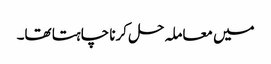
میں معاملہ حل کرنا چاہتا تھا۔